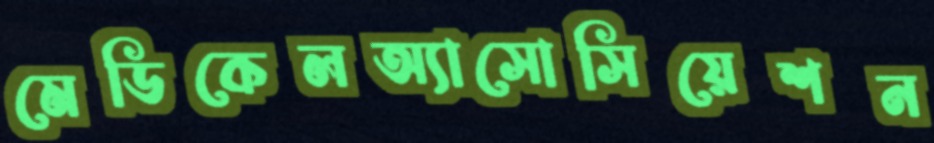
মেডিকেলঅ্যাসোসিয়েশন